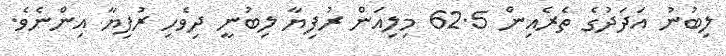
ލިބުނު އަދަދުގެ ތެރެއިން 62.5 މިލިއަން ރުފިޔާ ލިބުނީ ދިވެހި ރުފިޔާ އިންނެވެ.